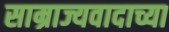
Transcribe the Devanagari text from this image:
साम्राज्यवादाच्या